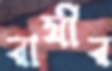
রাযীর